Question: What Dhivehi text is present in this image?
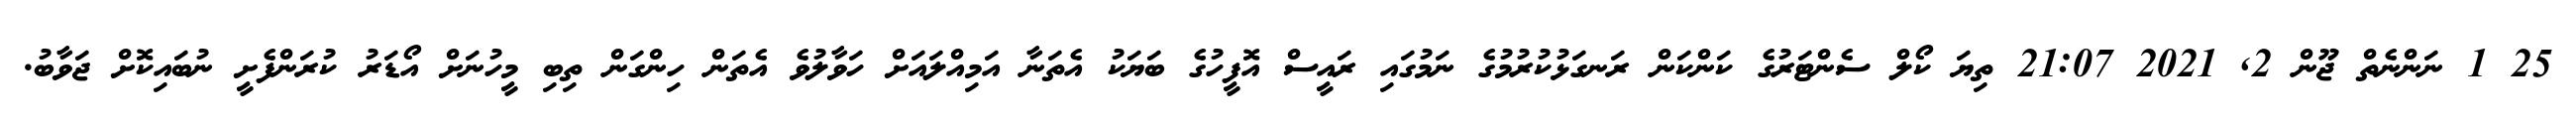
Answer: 25 1 ނަންނެތް ޖޫން 2, 2021 21:07 ތިޔަ ކޯލް ސެންޓަރުގެ ކަންކަން ރަނގަޅުކުރުމުގެ ނަމުގައި ރައީސް އޮފީހުގެ ބަޔަކު އެތަނާ އަމިއްލައަށް ހަވާލުވެ އެތަން ހިންގަން ތިބި މީހުނަށް އޯޑަރު ކުރަންފެށީ ނުބައިކޮށް ޖަވާބު.